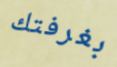
بغرفتك